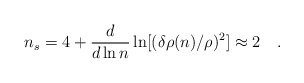
\begin{align*}n_s = 4 + \frac{d}{d\ln n}\ln[(\delta\rho(n)/\rho)^2] \approx 2\quad .\end{align*}